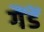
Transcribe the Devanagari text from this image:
गैंडें